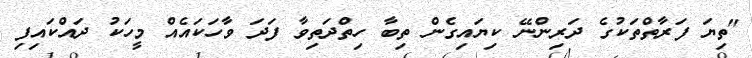
"ތިޔަ ފަރާތްތަކުގެ ދަރިންނޭ ކިޔައިގެން ތިބާ ހިތްދަތިވާ ފަދަ ވާހަކައެއް މީހަކު ދައްކައިފި